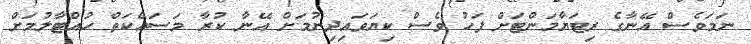
ނަމަވެސް އޭނާގެ ރިޓަޔާމަންޓަށް ފަހު ވެސް ކިޔަވައިދިނުމަށް އޭނާ ކުރާ މަސައްކަތް ހުއްޓާލުމަށް